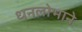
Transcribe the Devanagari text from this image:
धनलोभाने